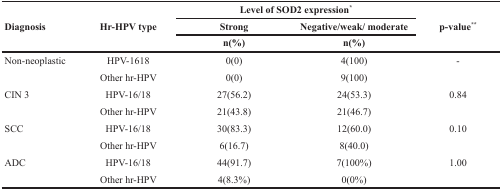
| <ROWSPAN=3> Diagnosis | <ROWSPAN=3> Hr-HPV type | <COLSPAN=2> Level of SOD2 expression* | <ROWSPAN=3> p-value** |
 | Strong | Negative/weak/ moderate |
 | n(%) | n(%) |
 | --- | --- | --- | --- | --- |
 | Non-neoplastic | HPV-1618 | 0(0) | 4(100) | - |
 |  | Other hr-HPV | 0(0) | 9(100) |  |
 | CIN 3 | HPV-16/18 | 27(56.2) | 24(53.3) | 0.84 |
 |  | Other hr-HPV | 21(43.8) | 21(46.7) |  |
 | SCC | HPV-16/18 | 30(83.3) | 12(60.0) | 0.10 |
 |  | Other hr-HPV | 6(16.7) | 8(40.0) |  |
 | ADC | HPV-16/18 | 44(91.7) | 7(100%) | 1.00 |
 |  | Other hr-HPV | 4(8.3%) | 0(0%) |  |